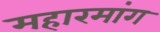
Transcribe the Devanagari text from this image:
महारमांग